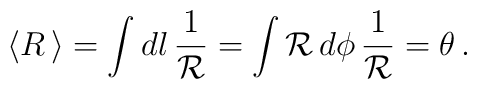
\langle R \, \rangle = \int d {l} \,  \frac{1}{\cal R}= \int {\cal R}  \, d\phi  \, \frac{1}{\cal R} = \theta \, .